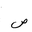
Letter: _sad